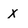
Character: x